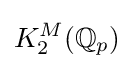
K_{2}^{M}(\mathbb {Q} _{p})